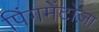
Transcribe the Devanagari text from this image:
पिंगमेंटोज़ा